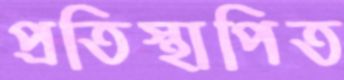
প্রতিস্থাপিত